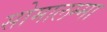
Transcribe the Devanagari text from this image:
सोमालम्मा